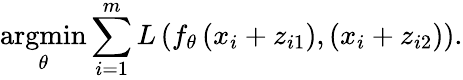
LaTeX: \underset{\theta}{\operatorname{argmin}}\sum_{i=1}^{m}L\left(f_{\theta}\left(x_{i}+z_{i1}\right),(x_{i}+z_{i2})\right).